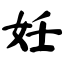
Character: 妊